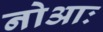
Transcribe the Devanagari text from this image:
नोआः